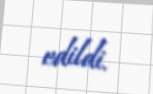
edildi.